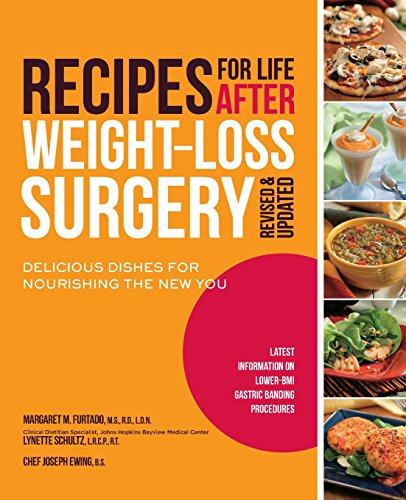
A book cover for Recipes for Life After Weight-Loss Surgery, Revised and Updated: Delicious Dishes for Nourishing the New You and the Latest Information on Lower-BMI Gastric Banding Procedures; Margaret Furtado; Cookbooks, Food & Wine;